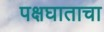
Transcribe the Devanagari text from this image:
पक्षघाताचा